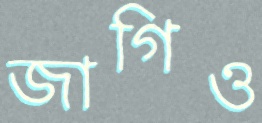
জাগিও